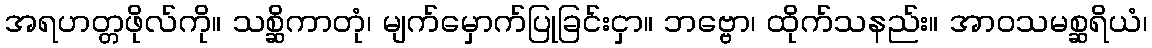
အရဟတ္တဖိုလ်ကို။ သစ္ဆိကာတုံ၊ မျက်မှောက်ပြုခြင်းငှာ။ ဘဗ္ဗော၊ ထိုက်သနည်း။ အာဝသမစ္ဆရိယံ၊